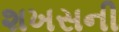
શખસની